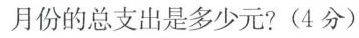
月份的总支出是多少元?(4分)